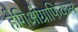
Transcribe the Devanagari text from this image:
हेगिओग्राफिकल